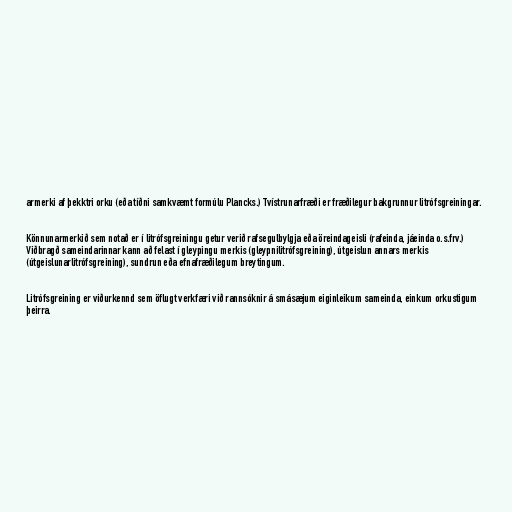
armerki af þekktri orku (eða tíðni samkvæmt formúlu Plancks.) Tvístrunarfræði er fræðilegur bakgrunnur litrófsgreiningar.

Könnunarmerkið sem notað er í litrófsgreiningu getur verið rafsegulbylgja eða öreindageisli (rafeinda, jáeinda o.s.frv.)
Viðbragð sameindarinnar kann að felast í gleypingu merkis (gleypnilitrófsgreining), útgeislun annars merkis
(útgeislunarlitrófsgreining), sundrun eða efnafræðilegum breytingum.

Litrófsgreining er viðurkennd sem öflugt verkfæri við rannsóknir á smásæjum eiginleikum sameinda, einkum orkustigum
þeirra.